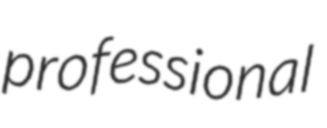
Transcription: professional